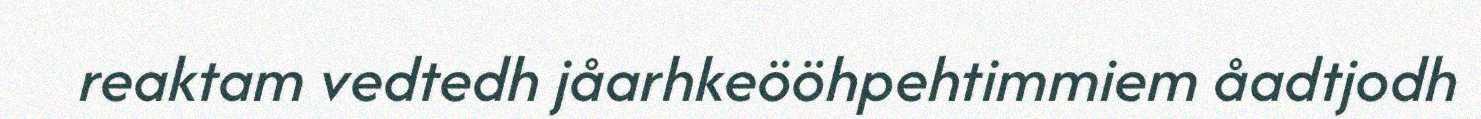
reaktam vedtedh jåarhkeööhpehtimmiem åadtjodh